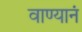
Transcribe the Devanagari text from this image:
वाण्यानं